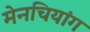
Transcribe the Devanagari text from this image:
मेनचियांग